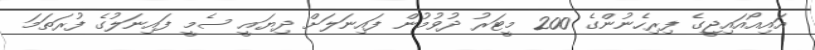
އައިއޯއައިޖީގެ ފިރިހެނުންގެ 200 މީޓަރު ދުވުމުން ފައިނަލަށް ދިޔައީ ސެމީ ފައިނަލުގެ ފުރަތަމަ